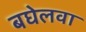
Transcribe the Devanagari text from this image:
बघेलवा